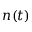
n ( t )